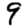
Digit: 9